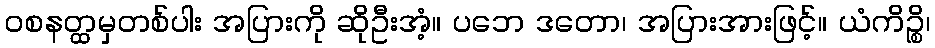
ဝစနတ္ထမှတစ်ပါး အပြားကို ဆိုဦးအံ့။ ပဘေ ဒတော၊ အပြားအားဖြင့်။ ယံကိဉ္စိ၊